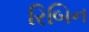
રિબિન